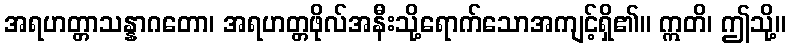
အရဟတ္တာသန္နာဂတော၊ အရဟတ္တဖိုလ်အနီးသို့ရောက်သောအကျင့်ရှိ၏။ ဣတိ၊ ဤသို့။